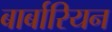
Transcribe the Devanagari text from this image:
बार्बारियन